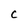
Character: C